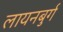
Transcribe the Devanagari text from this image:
लायनबुर्ग